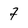
Character: 7